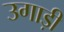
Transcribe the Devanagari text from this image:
उगाड़ी